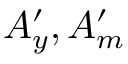
A _ { y } ^ { \prime } , A _ { m } ^ { \prime }